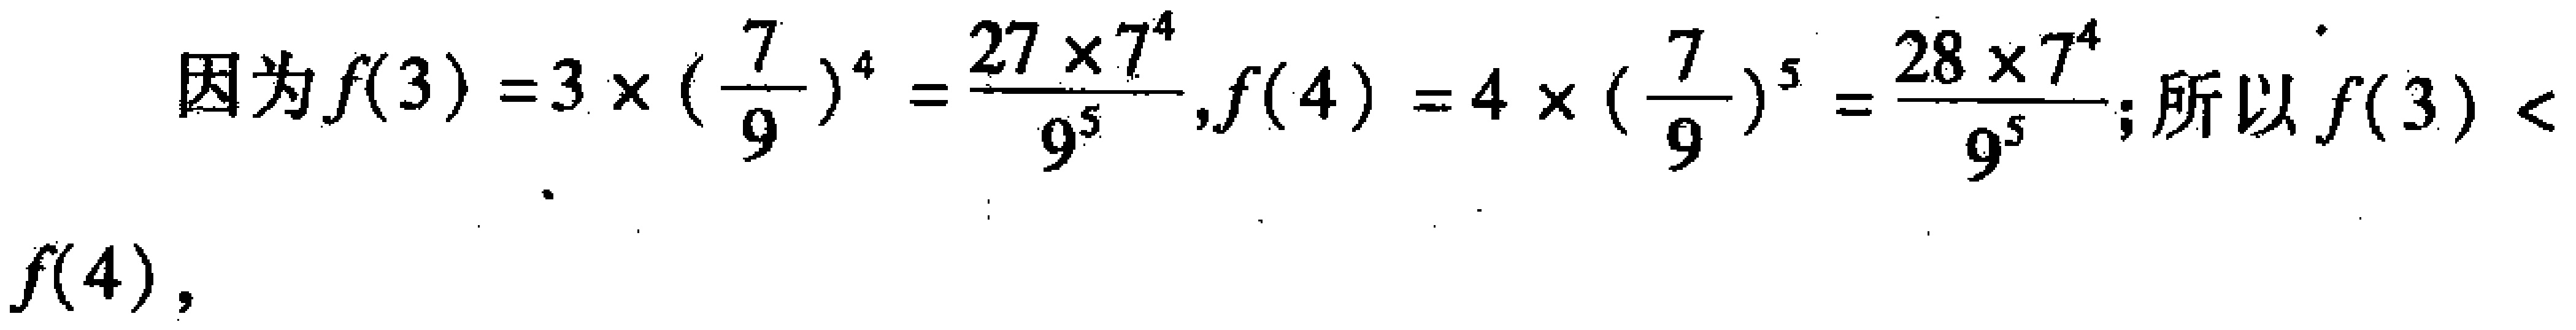
因为\(f(3)=3\times(\frac{7}{9})^{4}=\frac{27\times7^{4}}{9^{5}}\)，\(f(4)=4\times(\frac{7}{9})^{5}=\frac{28\times7^{4}}{9^{5}}\)；所以\(f(3)<f(4)\)，